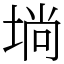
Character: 埫